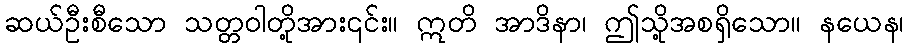
ဆယ်ဦးစီသော သတ္တဝါတို့အား၎င်း။ ဣတိ အာဒိနာ၊ ဤသို့အစရှိသော။ နယေန၊